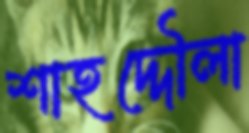
শাহদ্দৌলা